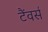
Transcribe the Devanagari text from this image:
टैंवर्स